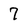
Character: 7